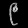
Digit: ၉